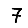
Digit: 7